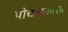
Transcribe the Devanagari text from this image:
पोचल्यावरच